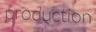
production